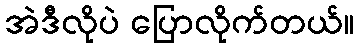
အဲဒီလိုပဲ ပြောလိုက်တယ်။